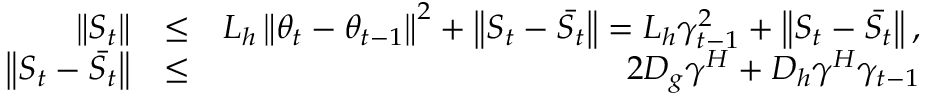
\begin{array} { r l r } { \left\| S _ { t } \right\| } & { \leq } & { L _ { h } \left\| \theta _ { t } - \theta _ { t - 1 } \right\| ^ { 2 } + \left\| S _ { t } - \bar { S _ { t } } \right\| = L _ { h } \gamma _ { t - 1 } ^ { 2 } + \left\| S _ { t } - \bar { S _ { t } } \right\| , } \\ { \left\| S _ { t } - \bar { S _ { t } } \right\| } & { \leq } & { 2 D _ { g } \gamma ^ { H } + D _ { h } \gamma ^ { H } \gamma _ { t - 1 } } \end{array}